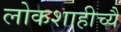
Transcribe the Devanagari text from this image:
लोकशाहीच्यै